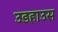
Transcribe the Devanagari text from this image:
उडहाउस